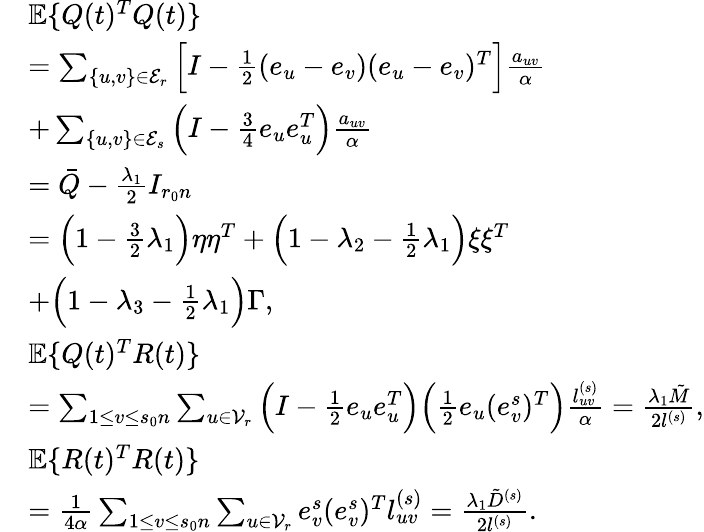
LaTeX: \begin{array}{rl}&{\mathbb{E}\{ Q(t)^{T}Q(t)\} }\\ &{=\sum_{\{ u,v\} \in\mathcal{E}_{r}}\Big[I-\frac 12(e_{u}-e_{v})(e_{u}-e_{v})^{T}\Big]\frac{a_{uv}}{\alpha}}\\ &{+\sum_{\{ u,v\} \in\mathcal{E}_{s}}\Big(I-\frac 34e_{u}e_{u}^{T}\Big)\frac{a_{uv}}{\alpha}}\\ &{=\bar{Q}-\frac{\lambda_{1}}{2}I_{r_{0}n}}\\ &{=\Big(1-\frac 32\lambda_{1}\Big)\eta\eta^{T}+\Big(1-\lambda_{2}-\frac 12\lambda_{1}\Big)\xi\xi^{T}}\\ &{+\Big(1-\lambda_{3}-\frac 12\lambda_{1}\Big)\Gamma,}\\ &{\mathbb{E}\{ Q(t)^{T}R(t)\} }\\ &{=\sum_{1\le v\le s_{0}n}\sum_{u\in\mathcal{V}_{r}}\Big(I-\frac 12e_{u}e_{u}^{T}\Big)\Big(\frac 12e_{u}(e_{v}^{s})^{T}\Big)\frac{l_{uv}^{(s)}}{\alpha}=\frac{\lambda_{1}\tilde{M}}{2l^{(s)}},}\\ &{\mathbb{E}\{ R(t)^{T}R(t)\} }\\ &{=\frac{1}{4\alpha}\sum_{1\le v\le s_{0}n}\sum_{u\in\mathcal{V}_{r}}e_{v}^{s}(e_{v}^{s})^{T}l_{uv}^{(s)}=\frac{\lambda_{1}\tilde{D}^{(s)}}{2l^{(s)}}.}\end{array}